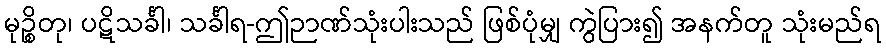
မုဉ္စိတု၊ ပဋိသင်္ခါ၊ သင်္ခါရ-ဤဉာဏ်သုံးပါးသည် ဖြစ်ပုံမျှ ကွဲပြား၍ အနက်တူ သုံးမည်ရ